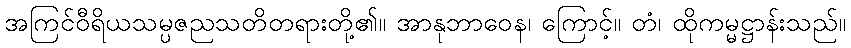
အကြင်ဝီရိယသမ္ပဇညသတိတရားတို့၏။ အာနုဘာဝေန၊ ကြောင့်။ တံ၊ ထိုကမ္မဋ္ဌာန်းသည်။